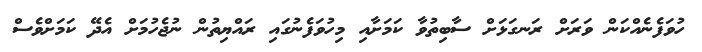
ހުވަފެނެއްކަން ވަރަށް ރަނގަޅަަށް ސާބިތުވާ ކަމަށާއި މިހުވަފެނުގައި ރައްޔިތުން ނުޖެހުމަށް އެދޭ ކަމަށްވެސް